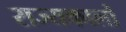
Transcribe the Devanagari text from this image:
राज्यकालों